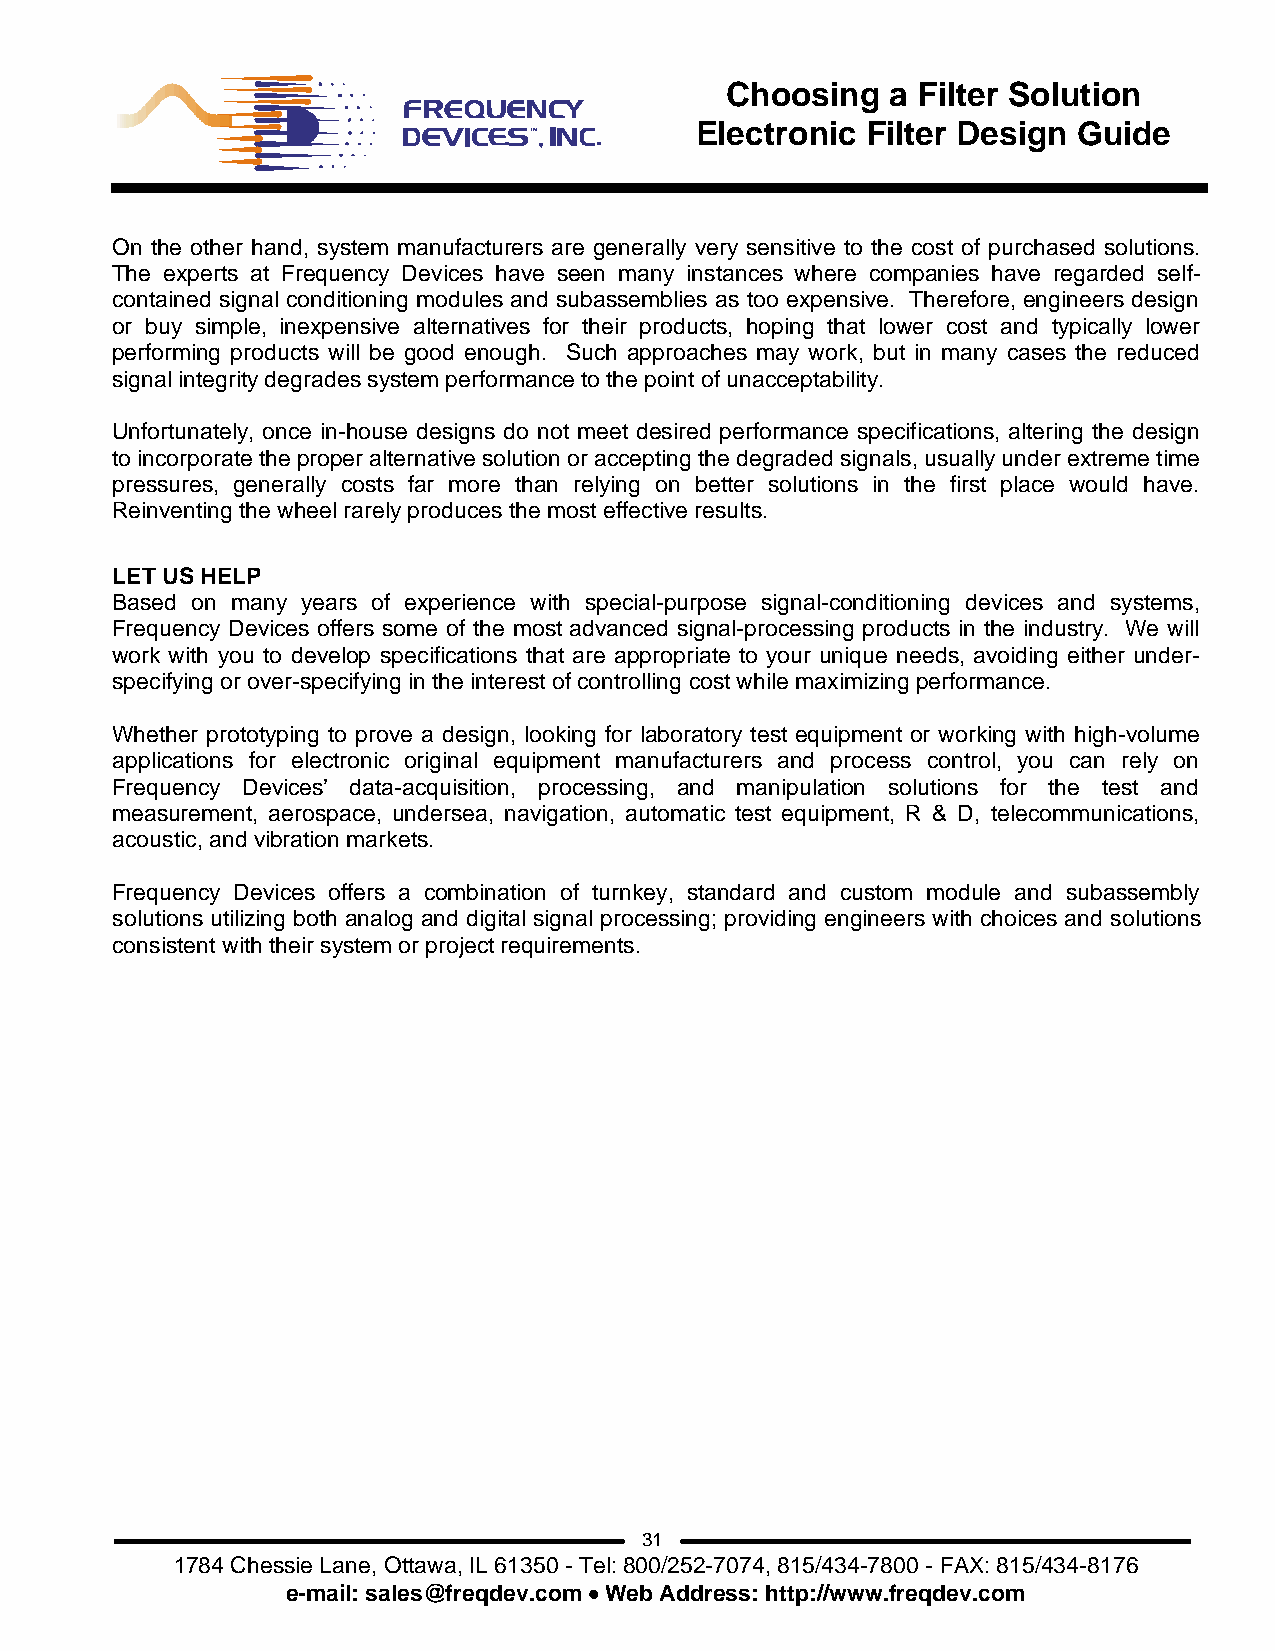
Choosing   a Filter Solution
 Electronic Filter Design Guide
 On the other hand, system manufacturers are generally very sensitive to the cost of purchased solutions.
 The experts at Frequency Devices have seen many instances where companies have regarded self-
 contained signal conditioning modules and subassemblies as too expensive. Therefore, engineers design
 or buy simple, inexpensive alternatives for their products, hoping that lower cost and typically lower
 performing products will be good enough. Such approaches may work, but in many cases the reduced
 signal integrity degrades system performance to the point of unacceptability.
 Unfortunately, once in-house designs do not meet desired performance specifications, altering the design
 to incorporate the proper alternative solution or accepting the degraded signals, usually under extreme time
 pressures, generally costs far more than relying on better solutions in the first place would have.
 Reinventing the wheel rarely produces the most effective results.
 LET US HELP
 Based on many years of experience with special-purpose signal-conditioning devices and systems,
 Frequency Devices offers some of the most advanced signal-processing products in the industry. We will
 work with you to develop specifications that are appropriate to your unique needs, avoiding either under-
 specifying or over-specifying in the interest of controlling cost while maximizing performance.
 Whether prototyping to prove a design, looking for laboratory test equipment or working with high-volume
 applications for electronic original equipment manufacturers and process control, you can rely on
 Frequency Devices’ data-acquisition, processing, and manipulation solutions for the test and
 measurement, aerospace, undersea, navigation, automatic test equipment, R & D, telecommunications,
 acoustic, and vibration markets.
 Frequency Devices offers a combination of turnkey, standard and custom module and subassembly
 solutions utilizing both analog and digital signal processing; providing engineers with choices and solutions
 consistent with their system or project requirements.
 31
 1784 Chessie Lane, Ottawa, IL 61350 - Tel: 800/252-7074, 815/434-7800 - FAX: 815/434-8176
 e-mail: sales@freqdev.com • Web Address: http://www.freqdev.com